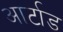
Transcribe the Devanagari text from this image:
आर्टाड